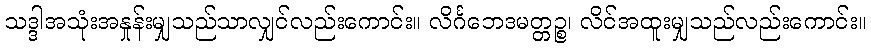
သဒ္ဒါအသုံးအနှုန်းမျှသည်သာလျှင်လည်းကောင်း။ လိင်္ဂဘေဒမတ္တဉ္စ၊ လိင်အထူးမျှသည်လည်းကောင်း။